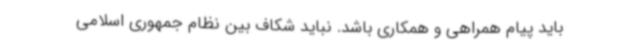
باید پیام همراهی و همکاری باشد. نباید شکاف بین نظام جمهوری اسلامی